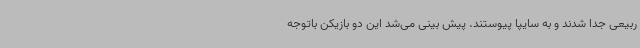
ربیعی جدا شدند و به سایپا پیوستند. پیش بینی می‌شد این دو بازیکن باتوجه